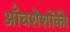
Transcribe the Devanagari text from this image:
ऑंचशेशोंकी